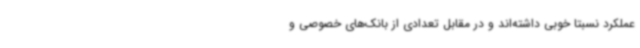
عملکرد نسبتا خوبی داشته‌اند و در مقابل تعدادی از بانک‌های خصوصی و